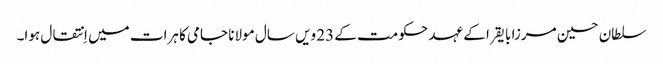
سلطان حسین مرزا بایقرا کے عہد حکومت کے 23 ویں سال مولانا جامی کا ہرات میں اِنتقال ہوا۔